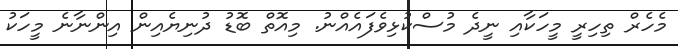
މެހެރް ތިހިރީ މީހަކާއި ނީދެ މުސްކުޅިވެފައެއްނު. މިއޮތް ބޮޑު ދުނިޔެއިން އިންނާނެ މީހަކު